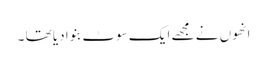
انھوں نے مجھے ایک سوٹ بنوا دیا تھا ۔